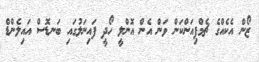
ޒޯން އެކެއްގެ ޗެމްޕިއަންކަން ވަން އެން އޮންލީ ހޯދީ ފައިނަލުގައި ބަނޑޮސް އައިލެންޑް